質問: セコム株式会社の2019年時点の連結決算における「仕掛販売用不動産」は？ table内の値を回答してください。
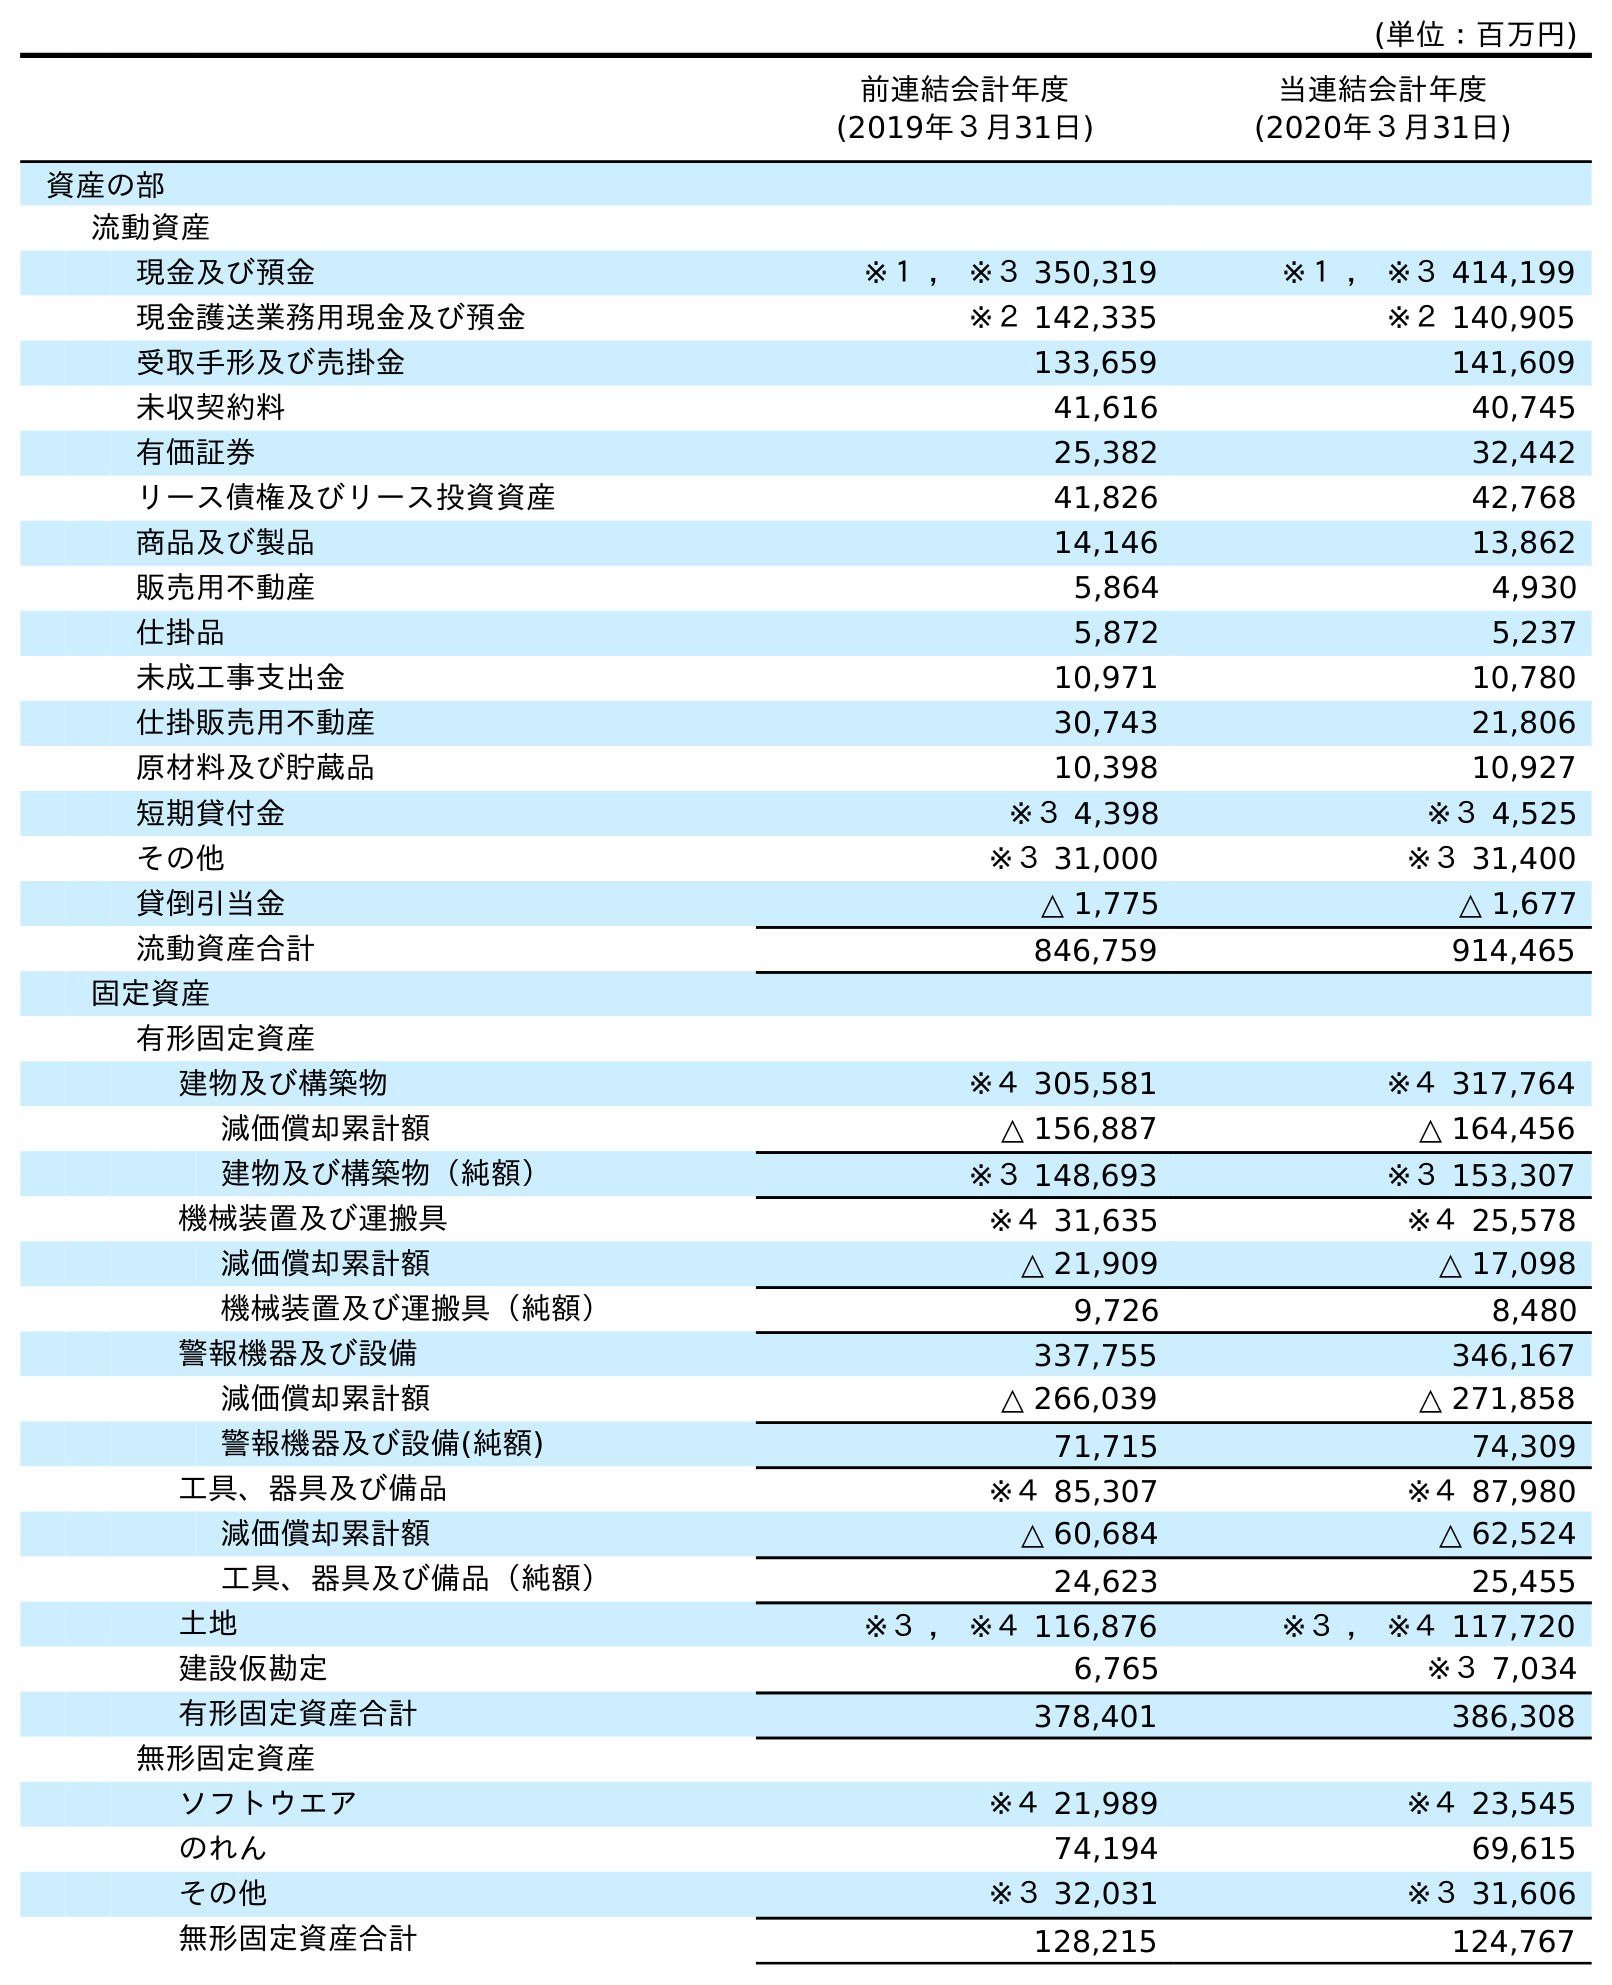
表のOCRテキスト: (単位：百万円) 前連結会計年度 (2019年３月31日) 当連結会計年度 (2020年３月31日) 資産の部 流動資産 現金及び預金 ※１ ， ※３ 350,319 ※１ ， ※３ 414,199 現金護送業務用現金及び預金 ※２ 142,335 ※２ 140,905 受取手形及び売掛金 133,659 141,609 未収契約料 41,616 40,745 有価証券 25,382 32,442 リース債権及びリース投資資産 41,826 42,768 商品及び製品 14,146 13,862 販売用不動産 5,864 4,930 仕掛品 5,872 5,237 未成工事支出金 10,971 10,780 仕掛販売用不動産 30,743 21,806 原材料及び貯蔵品 10,398 10,927 短期貸付金 ※３ 4,398 ※３ 4,525 その他 ※３ 31,000 ※３ 31,400 貸倒引当金 △ 1,775 △ 1,677 流動資産合計 846,759 914,465 固定資産 有形固定資産 建物及び構築物 ※４ 305,581 ※４ 317,764 減価償却累計額 △ 156,887 △ 164,456 建物及び構築物（純額） ※３ 148,693 ※３ 153,307 機械装置及び運搬具 ※４ 31,635 ※４ 25,578 減価償却累計額 △ 21,909 △ 17,098 機械装置及び運搬具（純額） 9,726 8,480 警報機器及び設備 337,755 346,167 減価償却累計額 △ 266,039 △ 271,858 警報機器及び設備(純額) 71,715 74,309 工具、器具及び備品 ※４ 85,307 ※４ 87,980 減価償却累計額 △ 60,684 △ 62,524 工具、器具及び備品（純額） 24,623 25,455 土地 ※３ ， ※４ 116,876 ※３ ， ※４ 117,720 建設仮勘定 6,765 ※３ 7,034 有形固定資産合計 378,401 386,308 無形固定資産 ソフトウエア ※４ 21,989 ※４ 23,545 のれん 74,194 69,615 その他 ※３ 32,031 ※３ 31,606 無形固定資産合計 128,215 124,767
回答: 30,743